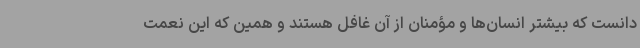
دانست که بیشتر انسان‌ها و مؤمنان از آن غافل هستند و همین که این نعمت